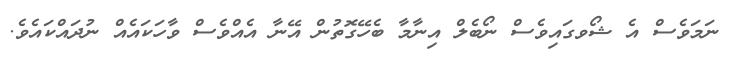
ނަމަވެސް އެ ޝޯވގައިވެސް ނޯބެލް އިނާމާ ބެހޭގޮތުން އޭނާ އެއްވެސް ވާހަކައެއް ނުދައްކައެވެ.